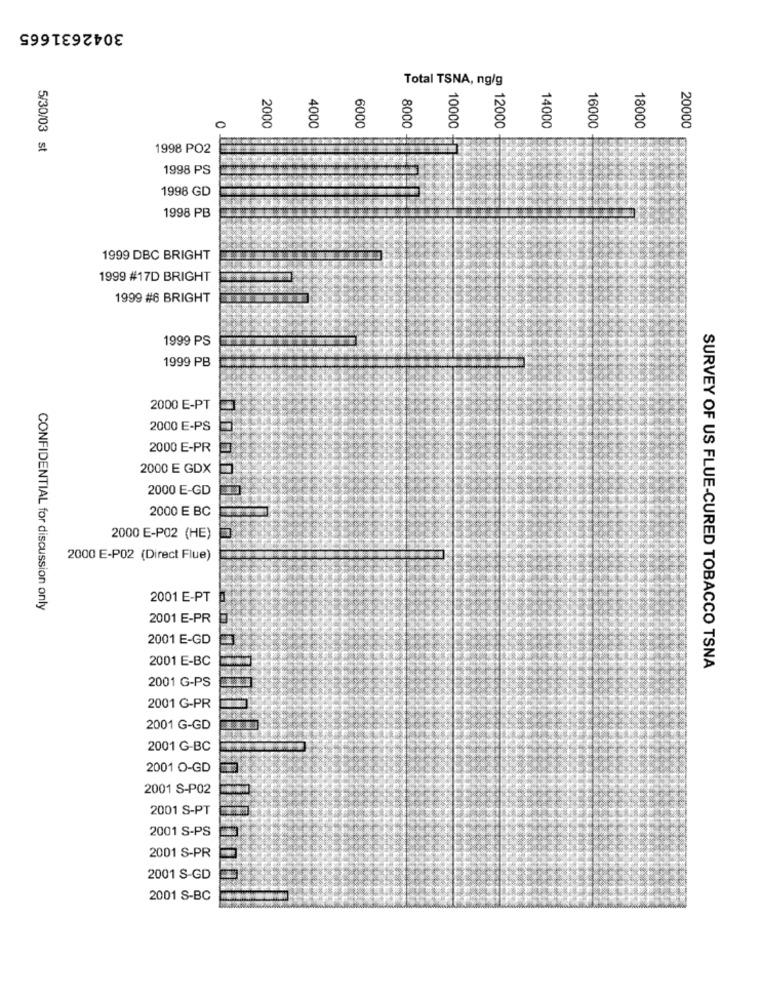
3042631665
Total TSNA, ng/g
0
8
2000
4000
6000
8000
10000
12000
14000
16000
18000
20000
5/30/03 st
1998 PO2
1998 PS
1998 GD
1998 PB
1999 DBC BRIGHT
1999 #17D BRIGHT
1999 #6 BRIGHT
1999 PS
1999 PB
2000 E-PT
2000 E-PS
2000 E-PR
2000 E GDX
2000 E-GD
2000 E BC
2000 E-PO2 (HE)
2000 E-P02 (Direct Flue)
2001 E-PT
CONFIDENTIAL for discussion only
2001 E-PR
2001 E-GD
2001 E-BC
SURVEY OF US FLUE-CURED TOBACCO TSNA
2001 G-PS
2001 G-PR
2001 G-GD
2001 G-BC
2001 O-GD
2001 S-P02
2001 S-PT
2001 S-PS
2001 S-PR
2001 S-GD
2001 S-BC